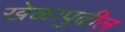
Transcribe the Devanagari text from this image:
खेळापुढील